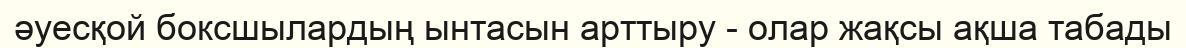
әуесқой боксшылардың ынтасын арттыру - олар жақсы ақша табады